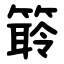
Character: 䉁